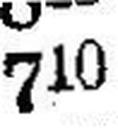
710